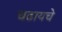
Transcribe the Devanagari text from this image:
चढायचे